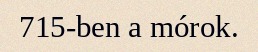
715-ben a mórok.